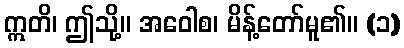
ဣတိ၊ ဤသို့။ အဝေါစ၊ မိန့်တော်မူ၏။ (၁)